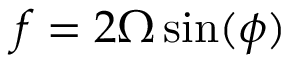
f = 2 \Omega \sin ( \phi )